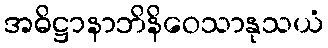
အဓိဋ္ဌာနာဘိနိဝေသာနုသယံ